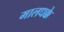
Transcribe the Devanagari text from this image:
मालधक्के